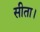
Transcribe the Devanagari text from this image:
सीता।